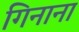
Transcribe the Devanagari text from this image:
गिनाना